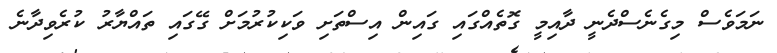
ނަމަވެސް މިގެނެސްދެނީ ދާއިމީ ގޮތެއްގައި ގައިން އިސްތަށި ވަކިކުރުމަށް ގޭގައި ތައްޔާރު ކުރެވިދާނެ